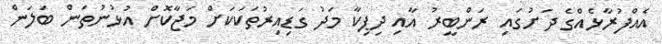
އެއްފުރާޅެއްގެ ދަށުގައި ރަންބީރު އާއި ދިޕިކާ މަދު ގަޑިއިރުތަކަކަށް މަޖާކޮށް އުޅުނުތަން ބަލަން